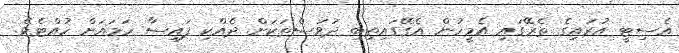
އެސިޓީ އުރައިގެ ތެރޭގައި އެމީހުން އެގޭގައިތިބި ދުވަސްތަކަށް ދެއްކި ފައިސާ ހަމައަށް ހުއްޓެވެ.